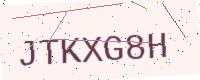
Text: JTKXG8H